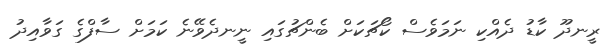
ރީނދޫ ކާޑު ދެއްކި ނަމަވެސް ކޯޗަކަށް ބެންޗުގައި ނީނދެވޭނެ ކަމަށް ސާފްގެ ގަވާއިދު